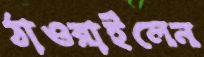
ঠাওরাইলেন